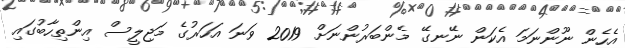
އެހެން ނޫންނަމަ އެކަން ނޭނގޭ މެންބަރުންނަށް 2019 ވަނަ އަހަރުގެ މަޖިލީސް އިންތިހާބުގައި